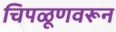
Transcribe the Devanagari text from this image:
चिपळूणवरून